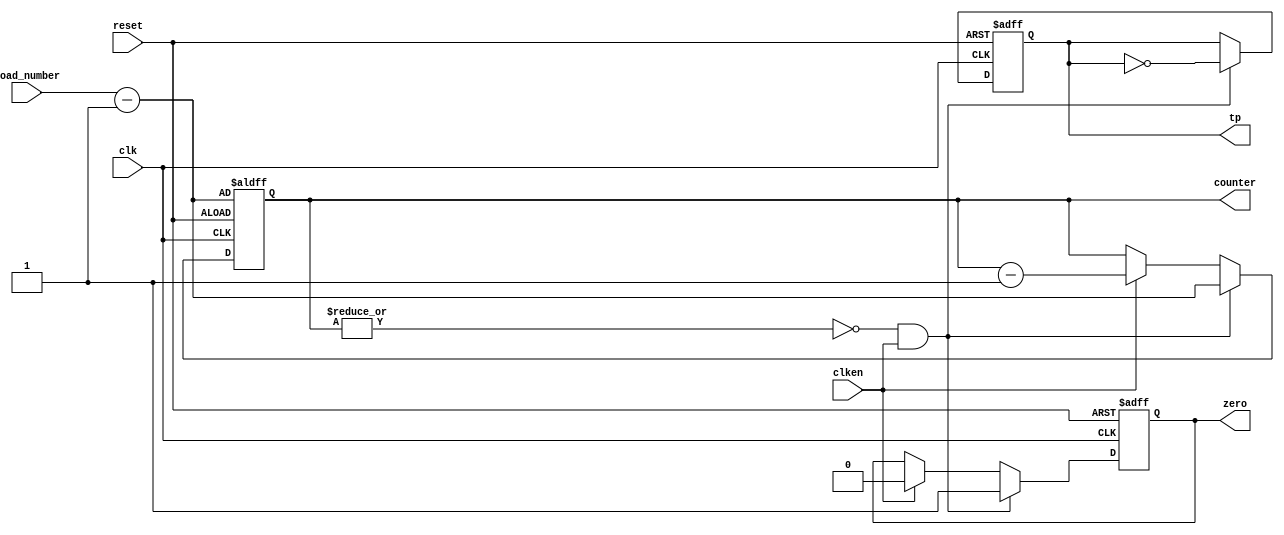



module prog_timer (clk, reset, clken, load_number, counter, zero, tp); 
  input clk, reset, clken; 
  input [23:0] load_number; 
  output reg [23:0] counter;  
  output reg zero, tp; 
 
  wire cnt0; 

  assign cnt0 = ~(|counter);									// is current count = 0?
  
  always @(posedge clk or posedge reset) 
    if (reset == 1'b1) 										    // on reset
		begin
			counter = load_number-1; 							// initialize counter with preload
			zero = 1'b0;										    // clear ceo output
			tp = 1'b0;											// clear tp output
		end
	else if (cnt0 & clken)										// if count is 0
		begin
			counter = load_number-1;							// initialize counter with preload
			zero = 1'b1;											// set the ceo output
			tp = ~tp;											// toggle the tp output
		end
	else if (clken)		
		begin
      		counter = counter - 24'h000001; 	 				// decrement the counter
			zero = 1'b0;		 									// clear the ceo output
			tp = tp;											// maintain the tp output
		end
					
endmodule